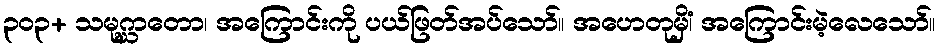
၃၀၃+ သမုဂ္ဃာတော၊ အကြောင်းကို ပယ်ဖြတ်အပ်သော်။ အဟေတုမှိံ၊ အကြောင်းမဲ့လေသော်။